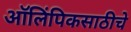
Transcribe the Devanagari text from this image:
ऑलिंपिकसाठीचे